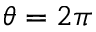
\theta = 2 \pi